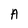
Character: A